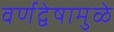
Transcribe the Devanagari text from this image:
वर्णद्वेषामुळे